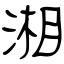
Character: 湘